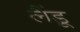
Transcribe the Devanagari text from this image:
लैंडू